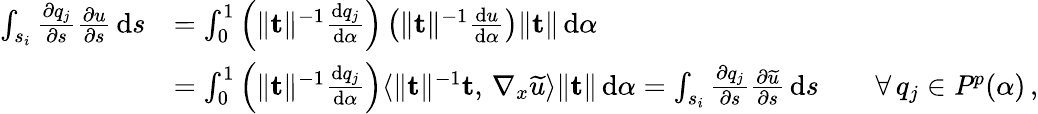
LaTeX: \begin{array}{rl}{\int_{s_{i}}\frac{\partial q_{j}}{\partial s}\frac{\partial u}{\partial s}\, \mathrm{d}s}&{=\int_{0}^{1}\left(\| \mathbf{t}\| ^{-1}\frac{\mathrm{d}q_{j}}{\mathrm{d}\alpha}\right)\left(\| \mathbf{t}\| ^{-1}\frac{\mathrm{d}u}{\mathrm{d}\alpha}\right)\| \mathbf{t}\| \, \mathrm{d}\alpha}\\ &{=\int_{0}^{1}\left(\| \mathbf{t}\| ^{-1}\frac{\mathrm{d}q_{j}}{\mathrm{d}\alpha}\right)\langle\| \mathbf{t}\| ^{-1}\mathbf{t},\, \nabla_{x}\widetilde{u}\rangle\| \mathbf{t}\| \, \mathrm{d}\alpha=\int_{s_{i}}\frac{\partial q_{j}}{\partial s}\frac{\partial\widetilde{u}}{\partial s}\, \mathrm{d}s\qquad\forall\, q_{j}\in\mathit{P}^{p}(\alpha)\, ,}\end{array}